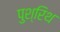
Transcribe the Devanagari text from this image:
पुश्‍रिथ